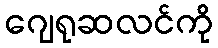
ဂျေရုဆလင်ကို